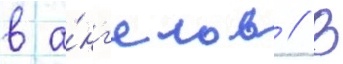
в а́нг'елов // В